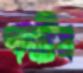
পদচিত্র